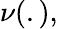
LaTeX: \nu(.),